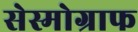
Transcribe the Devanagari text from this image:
सेस्मोग्राफ